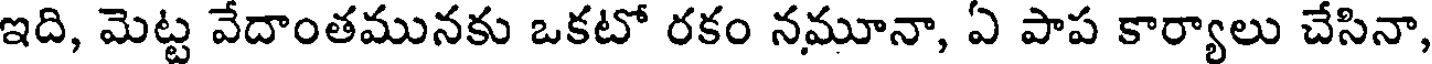
ఇది, మెట్ట వేదాంతమునకు ఒకటో రకం నమూనా, ఏ పాప కార్యాలు చేసినా,